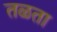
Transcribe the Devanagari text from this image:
तळता